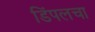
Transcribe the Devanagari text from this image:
डिंपलचा